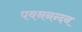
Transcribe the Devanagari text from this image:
पवननन्दन